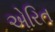
એરિત